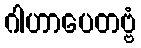
ဂါဟာပေတဗ္ဗံ